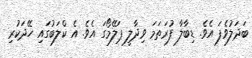
ބަދަލުވެފަ އެވެ. ޑިބާލާ ފުރަތަމަ ވިދާލީ ޕަލޭމޯގަ އެވެ. އެ ކްލަބުގައި ހޭދަކުރި